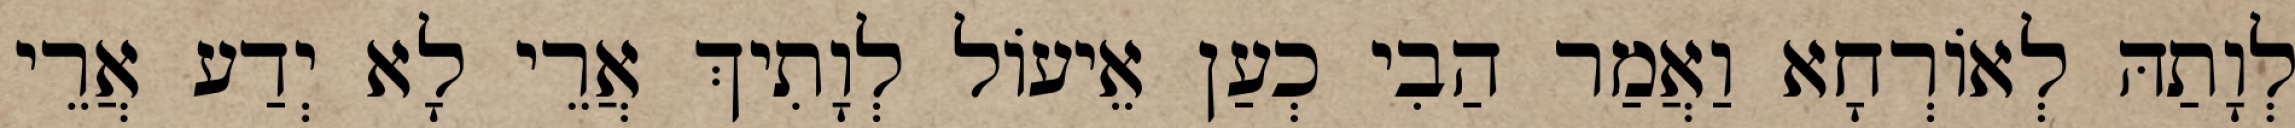
לְוָתַהּ לְאוֹרְחָא וַאֲמַר הַבִי כְעַן אֵיעוֹל לְוָתִיךְ אֲרֵי לָא יְדַע אֲרֵי